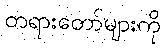
တရားတော်များကို